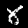
Digit: 8